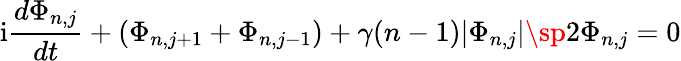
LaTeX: \mathrm{i}{\frac{d\Phi_{n,j}}{dt}}+(\Phi_{n,j+1}+\Phi_{n,j-1})+\gamma(n-1)|\Phi_{n,j}|\sp 2\Phi_{n,j}=0